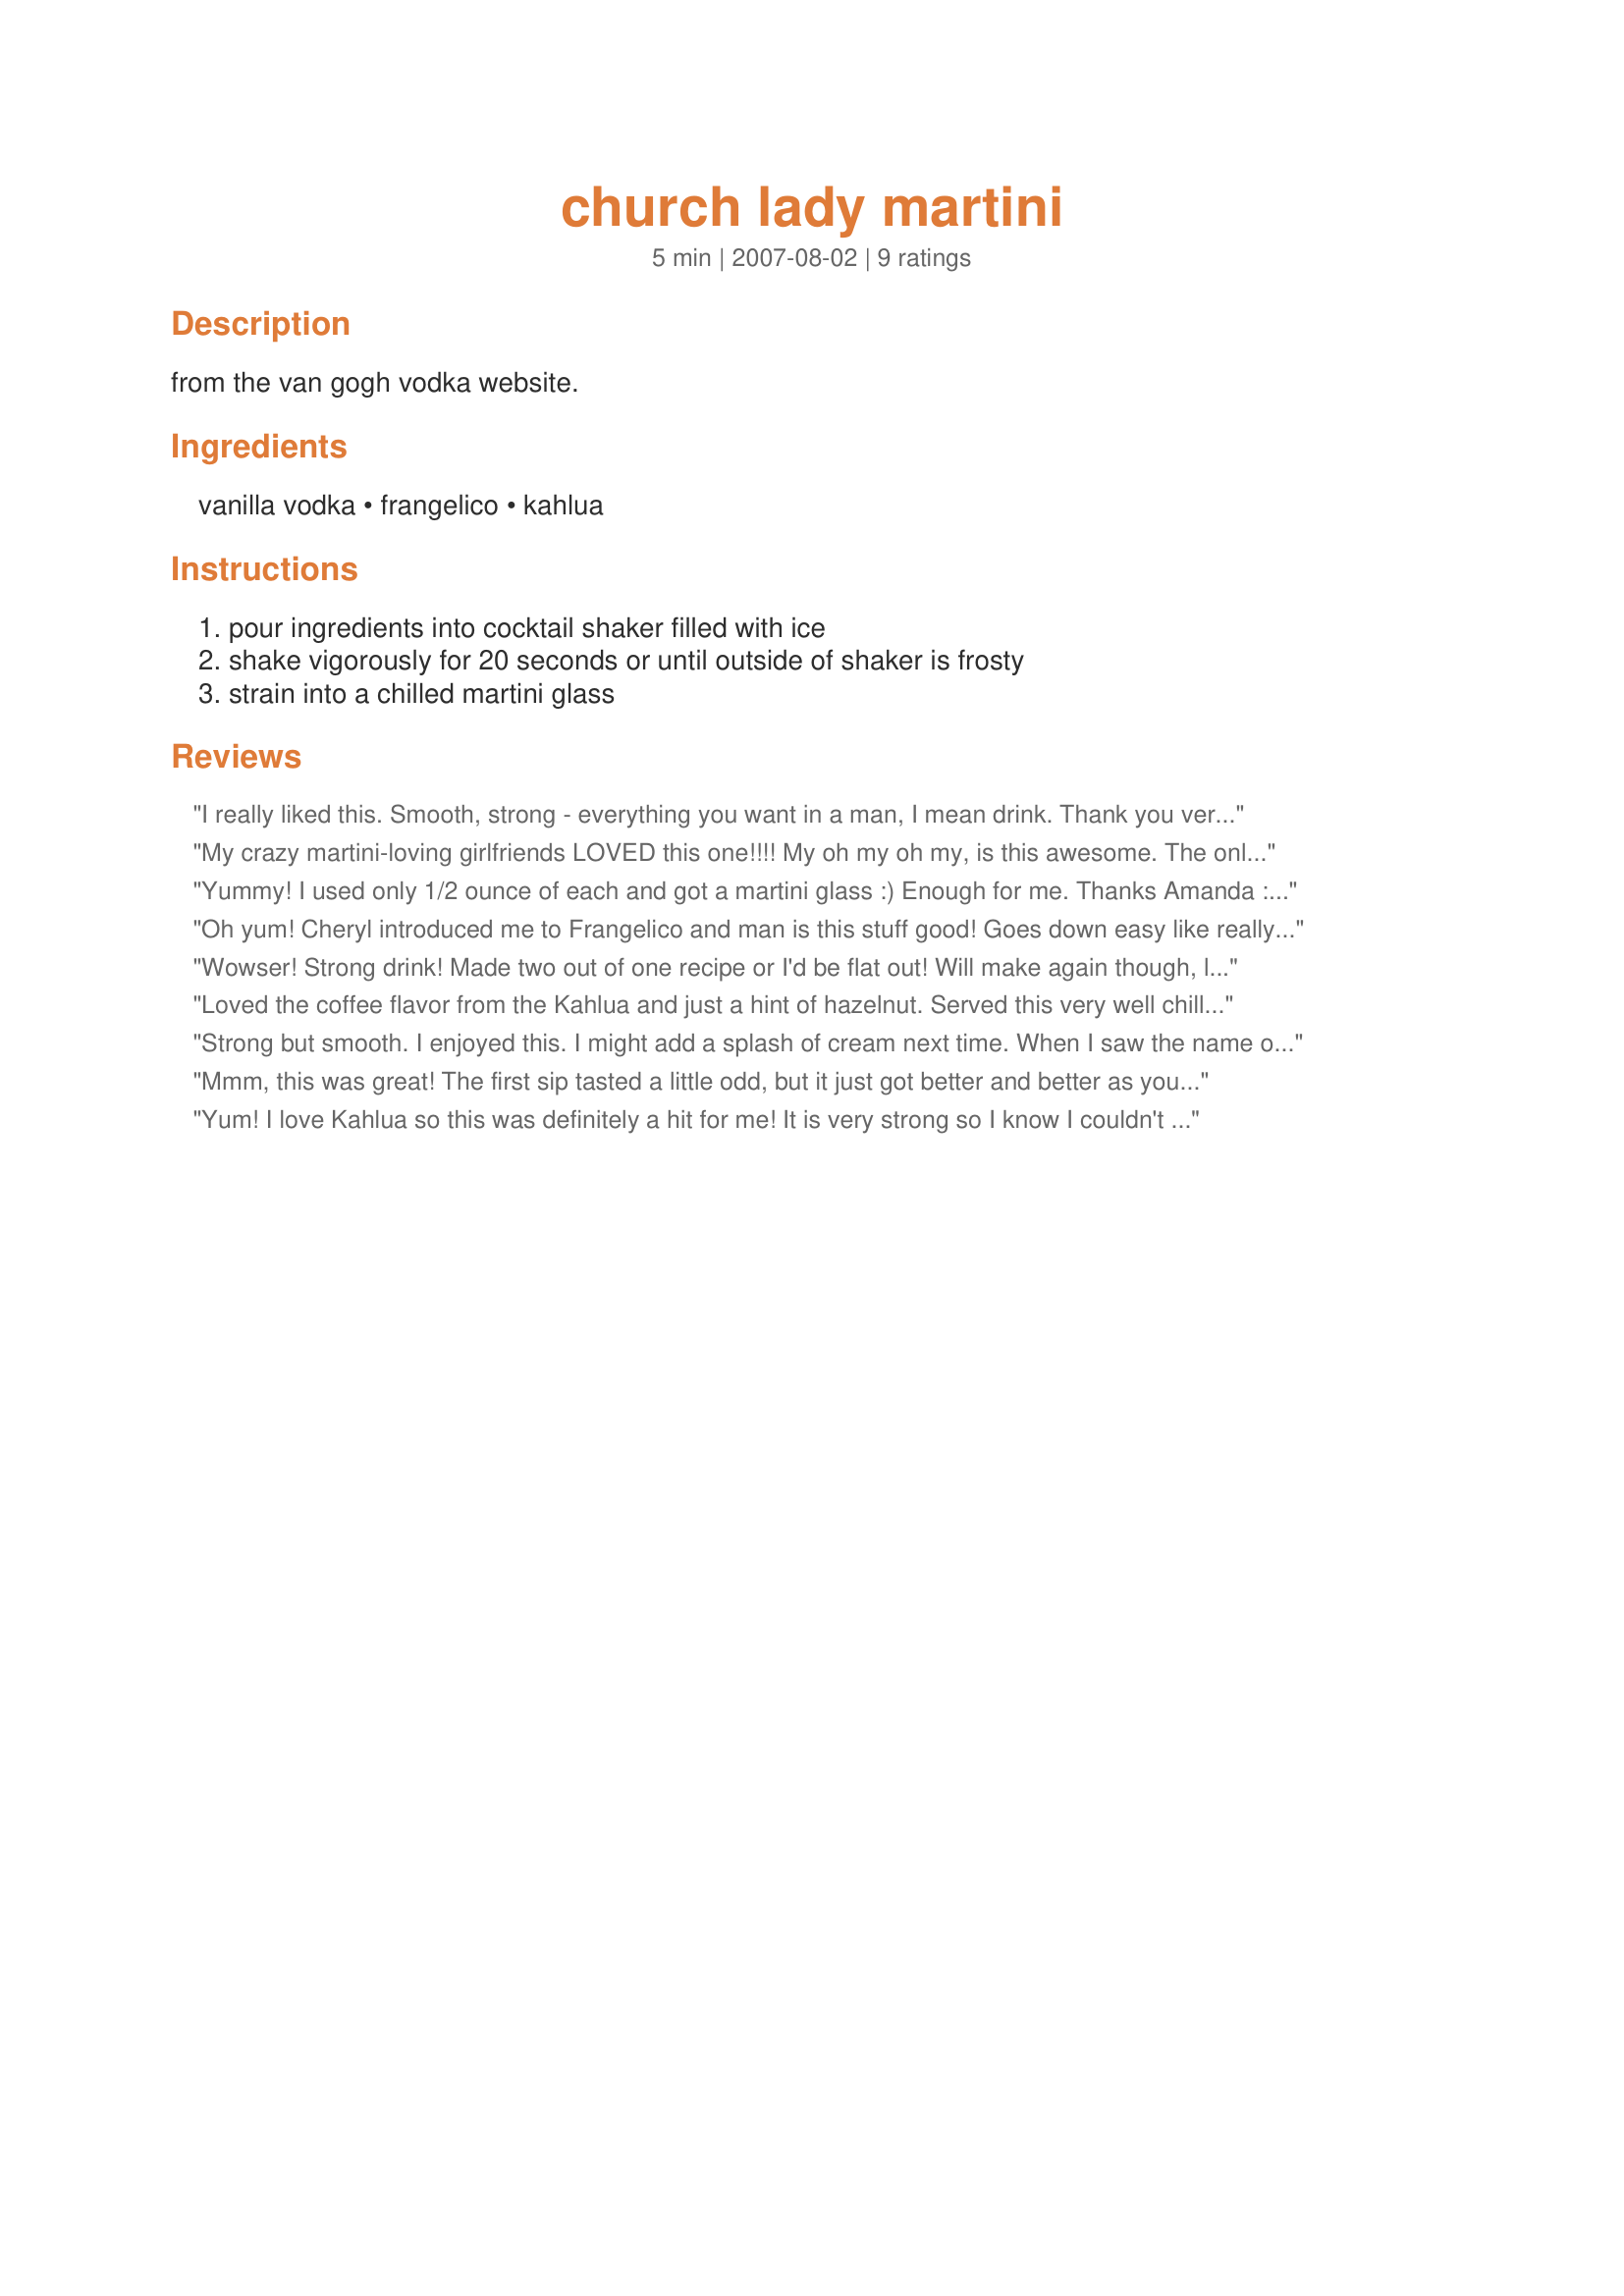
church lady martini
Preparation time: 5 minutes

from the van gogh vodka website.

Ingredients:
vanilla vodka, frangelico, kahlua

Steps:
pour ingredients into cocktail shaker filled with ice, shake vigorously for 20 seconds or until outside of shaker is frosty, strain into a chilled martini glass

Reviews:
I really liked this. Smooth, strong - everything you want in a man, I mean drink. Thank you very much for sharing!
My crazy martini-loving girlfriends LOVED this one!!!! My oh my oh my, is this awesome. The only problem is this drink goes down WAY TOO EASY. Oh well, we'll just have to suffer. Thanks for sharing...it's going into our Martini Book. Thanks AmandainOz.
Yummy! I used only 1/2 ounce of each and got a martini glass :) Enough for me. Thanks Amanda :) Made for Beverage tag.
Oh yum! Cheryl introduced me to Frangelico and man is this stuff good! Goes down easy like really good chocolate! Yummy, delish and very very dangerous! lol This could definitely get me in trouble! Thanks for sharing it! Made for Beverage Tag!
Wowser! Strong drink! Made two out of one recipe or I'd be flat out! Will make again though, lol. ZWT4
Loved the coffee flavor from the Kahlua and just a hint of hazelnut. Served this very well chilled. Thanks Amanda!!
Strong but smooth. I enjoyed this. I might add a splash of cream next time. When I saw the name of this drink it reminded me of the Saturday Night Light skit w/ Dana Carvey. "Wellllllll..isnt that special?" This drink was;) hehe.
Mmm, this was great! The first sip tasted a little odd, but it just got better and better as you drink it-- and not just cuz of the alcohol! Thanks for a great recipe. Will make again. And again and again...
Yum! I love Kahlua so this was definitely a hit for me! It is very strong so I know I couldn't drink too many!

Thanks for sharing!
